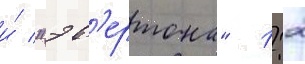
и́ "эв'ертона"  1:2